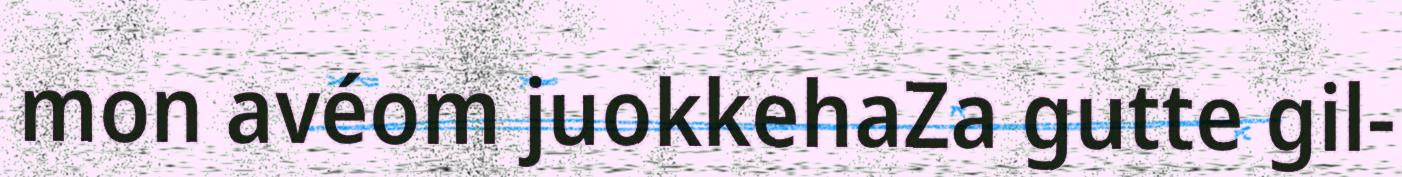
mon avéom juokkehaZa gutte gil-